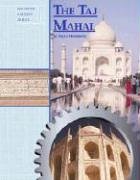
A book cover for Taj Mahal (Building History); Myra Weatherly; Teen & Young Adult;